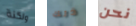
ولكنة ذلك نحن